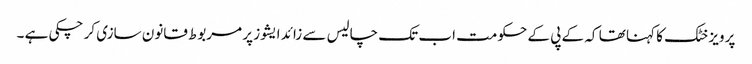
پرویز خٹک کا کہنا تھا کہ کے پی کے حکومت اب تک چالیس سے زائد ایشوز پر مربوط قانون سازی کر چکی ہے ۔